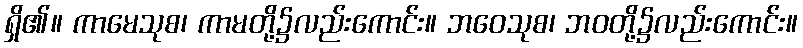
ရှိ၏။ ကာမေသုစ၊ ကာမတို့၌လည်းကောင်း။ ဘဝေသုစ၊ ဘဝတို့၌လည်းကောင်း။